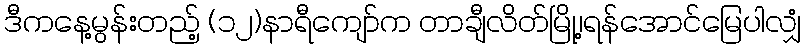
ဒီကနေ့မွန်းတည့် (၁၂)နာရီကျော်က တာချီလိတ်မြို့၊ရန်အောင်မြေပါလျှံ